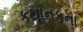
કથાનકના